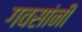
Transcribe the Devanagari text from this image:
गवसांनी